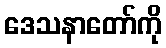
ဒေသနာတော်ကို